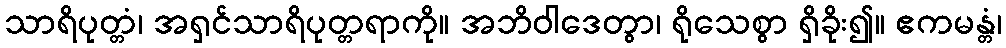
သာရိပုတ္တံ၊ အရှင်သာရိပုတ္တရာကို။ အဘိဝါဒေတွာ၊ ရိုသေစွာ ရှိခိုး၍။ ဧကမန္တံ၊